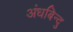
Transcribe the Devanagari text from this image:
अंधबिन्दु